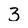
Character: 3